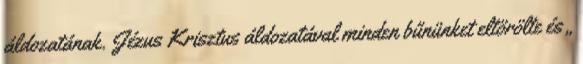
áldozatának. Jézus Krisztus áldozatával minden bűnünket eltörölte és „